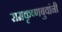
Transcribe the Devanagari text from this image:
रामकृष्णबुवांनी